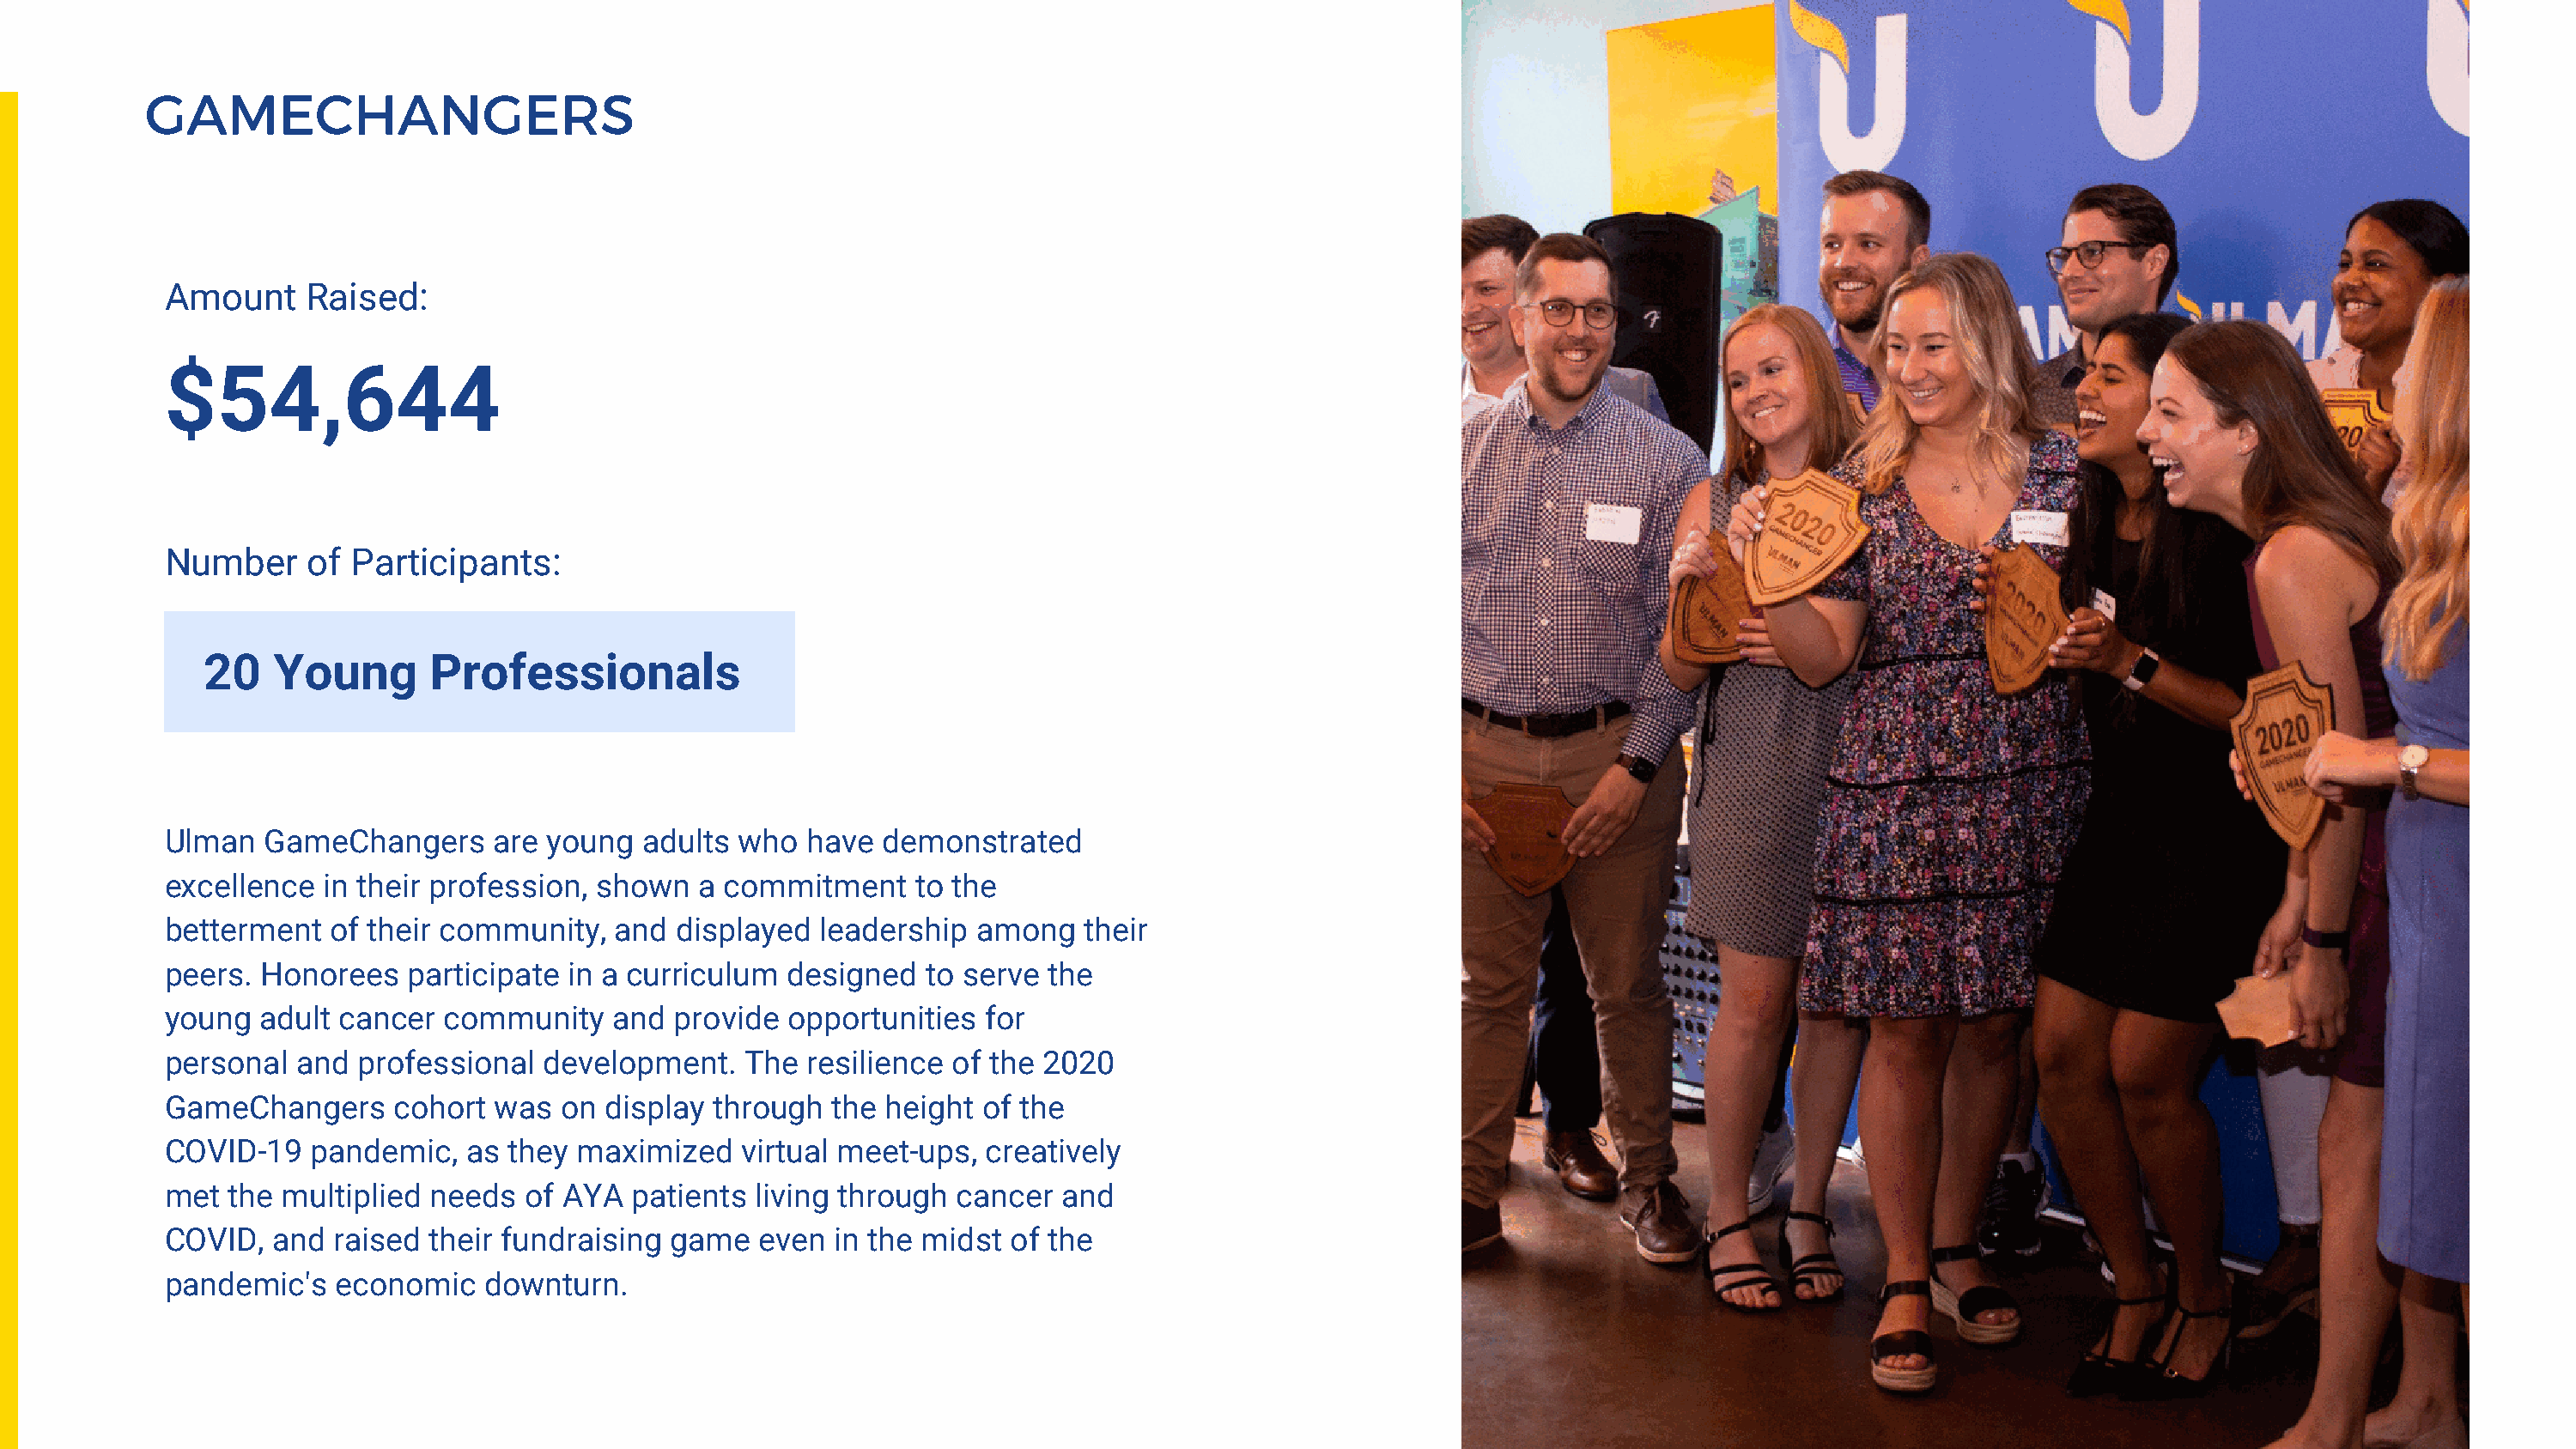
GAMECHANGERS
 Amount     Raised:
 $54,644
 Number     of Participants:
 20   Young       Professionals
 Ulman  GameChangers      are young   adults who  have  demonstrated
 excellence  in their profession, shown   a commitment     to the
 betterment  of their community,   and  displayed  leadership  among    their
 peers. Honorees   participate  in a curriculum  designed  to serve  the
 young  adult cancer  community    and  provide  opportunities  for
 personal  and  professional  development.    The resilience of the 2020
 GameChangers     cohort  was  on  display through  the height  of the
 COVID-19   pandemic,   as they  maximized   virtual meet-ups,  creatively
 met  the multiplied needs  of AYA   patients living through  cancer  and
 COVID,  and  raised their fundraising  game   even in the midst  of the
 pandemic's   economic   downturn.